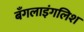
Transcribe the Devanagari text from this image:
बँगलाइंगलिश